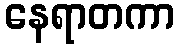
နေရာတကာ